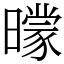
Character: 𣋡